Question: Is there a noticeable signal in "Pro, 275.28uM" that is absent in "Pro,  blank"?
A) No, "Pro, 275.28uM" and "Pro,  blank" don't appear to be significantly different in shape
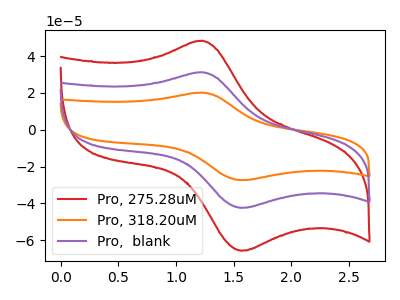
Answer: <think>The red curve "Pro, 275.28uM" has an anodic peak at (1.20V, 48.35uA) and a cathodic peak at (1.55V, -65.75uA). The orange curve "Pro, 318.20uM" has an anodic peak at (1.20V, 62.45uA) and a cathodic peak at (1.55V, -84.95uA). The purple curve "Pro,  blank" has an anodic peak at (1.20V, 31.20uA) and a cathodic peak at (1.55V, -42.45uA).
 All the peaks in "Pro, 275.28uM" have a peak in "Pro,  blank" at the same potential. Every peak in "Pro, 275.28uM" is higher than every peak in "Pro,  blank".</think>
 <answer>A) No, "Pro, 275.28uM" and "Pro,  blank" don't appear to be significantly different in shape</answer>
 <eval>A</eval>